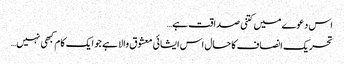
اس دعوے میں کتنی صداقت ہے…
تحریک انصاف کا حال اس ایشائی معشوق والا ہے جو ایک کام کبھی نہیں…